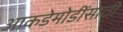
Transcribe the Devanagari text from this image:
आकडेमोडींसाठी